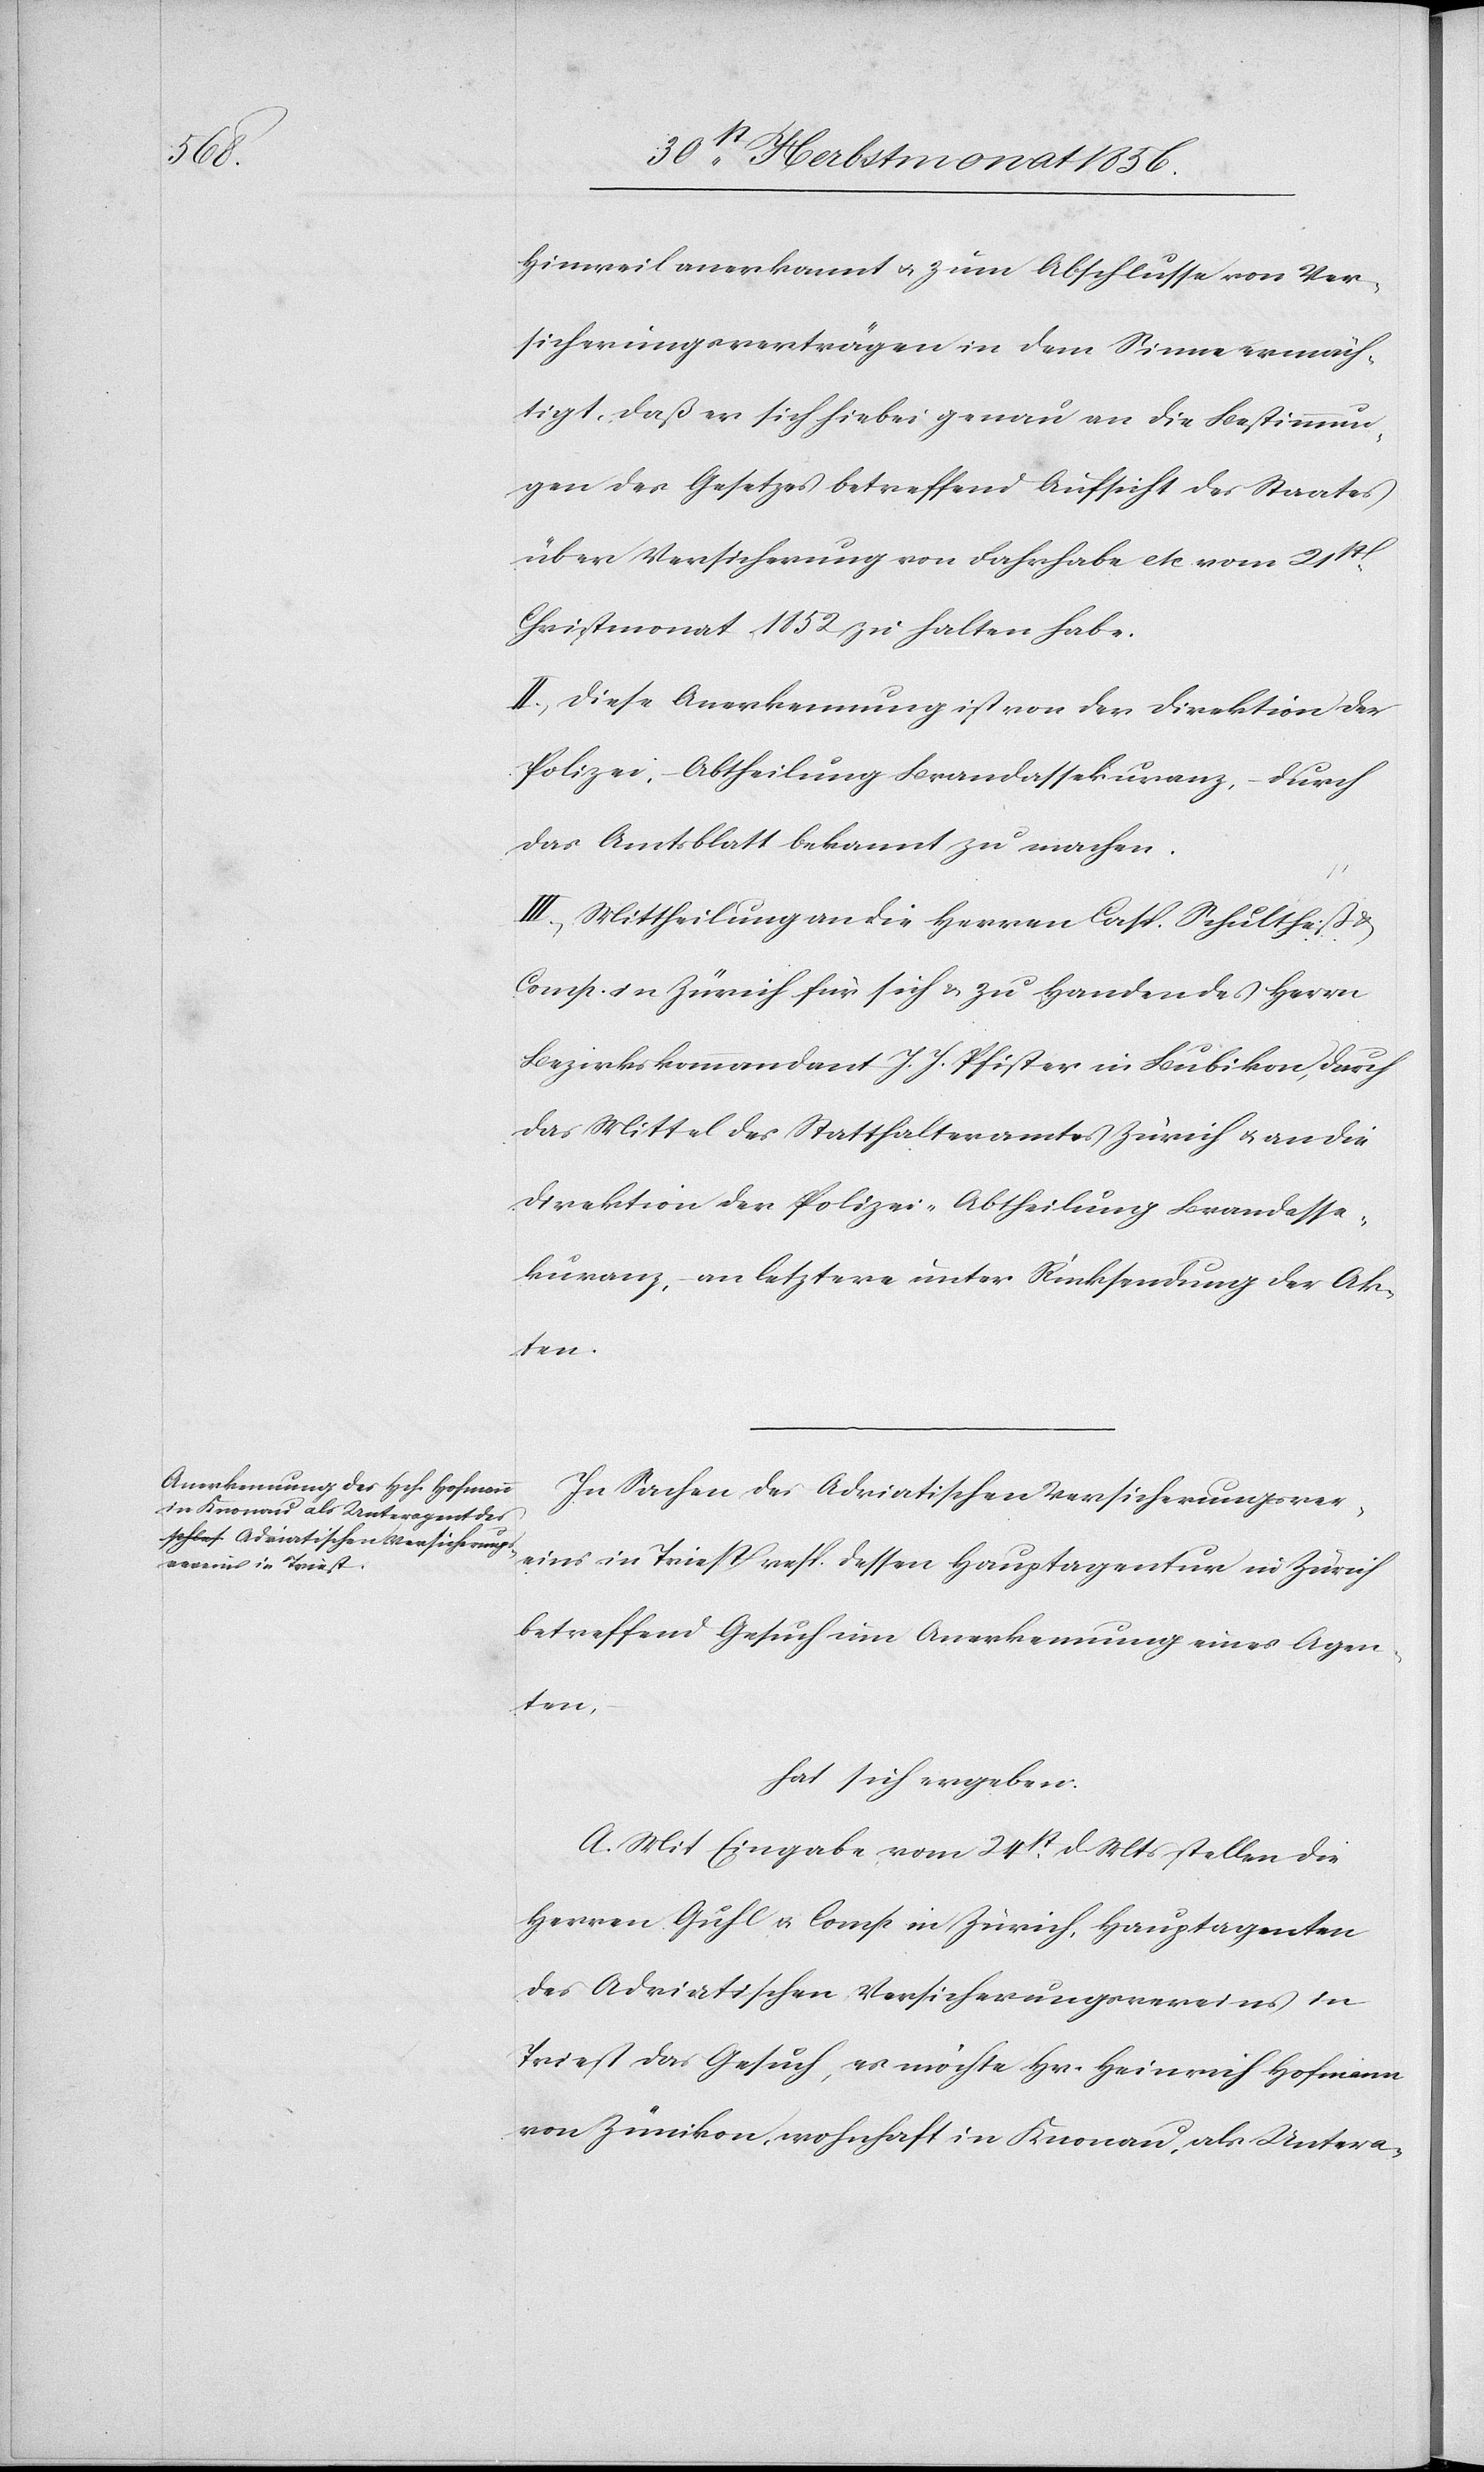
Hinweil anerkannt u. zum Abschlusse von Ver¬
sicherungsverträgen in dem Sinne ermäch¬
tigt, daß er sich hiebei genau an die Bestimmun¬
gen des Gesetzes betreffend Aufsicht des Staates
über Versicherung von Fahrhabe etc. vom 21st
Christmonat 1852 zu halten habe.
II.) Diese Anerkennung ist von der Direktion der
Polizei, – Abtheilung Brandassekuranz, – durch
das Amtsblatt bekannt zu machen.
III.) Mittheilung an die Herren Casp. Schultheß &
Comp. in Zürich für sich & zu Handen des Herrn
Bezirkskommandant J. J. Pfister in Bubikon, durch
das Mittel des Statthalteramtes Zürich u. an die
Direktion der Polizei, Abtheilung Brandasse¬
kuranz, – an letztere unter Rücksendung der Ak¬
ten.
In Sachen des Adriatischen Versicherungsver¬
eins in Triest resp. dessen Hauptagentur in Zürich
betreffend Gesuch um Anerkennung eines Agen¬
ten,
hat sich ergeben:
A. Mit Eingabe vom 24st d. Mts stellen die
Herren Guhl u. Comp in Zürich, Hauptagenten
des Adriatischen Versicherungsvereins in
Triest das Gesuch, es möchte Hr. Heinrich Hofmann
von Zünikon, wohnhaft in Knonau, als Untera-